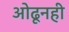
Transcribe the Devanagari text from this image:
ओढूनही